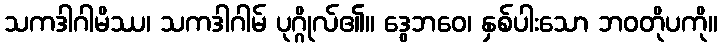
သကဒါဂါမိဿ၊ သကဒါဂါမ် ပုဂ္ဂိုလ်၏။ ဒွေဘဝေ၊ နှစ်ပါးသော ဘဝတိုပကို။